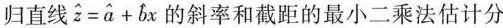
归直线：z^=a^+b^x的斜率和截距的最小二乘法估计分